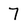
Character: 7